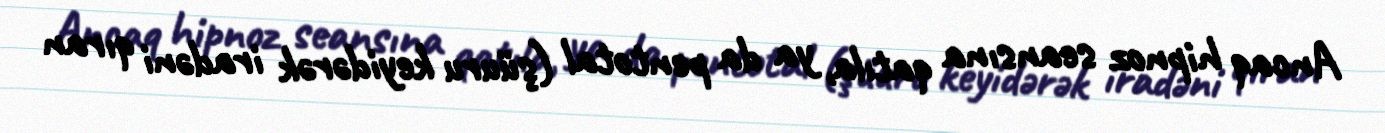
Ancaq hipnoz seansına qatıla, ya da pentotal (şüuru keyidərək iradəni qıran